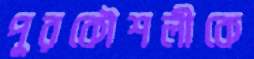
পুরকৌশলীকে